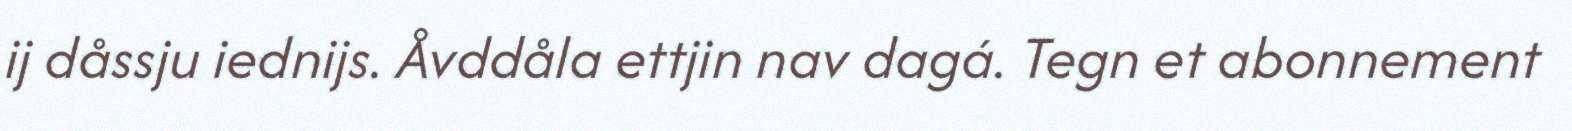
ij dåssju iednijs. Åvddåla ettjin nav dagá. Tegn et abonnement